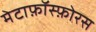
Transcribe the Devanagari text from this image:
मेटाफ़ॉस्फ़ोरस